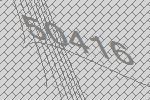
50416